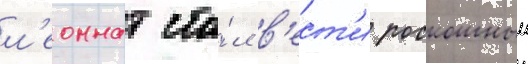
л'еоннат ста́л в'ест'и роскошныи